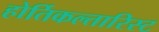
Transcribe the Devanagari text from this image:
होर्तिकल्तारिस्ट